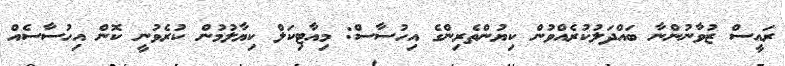
ރައީސް ޒުވާނުންނާ ބައްދަލުކުރެއްވުން ކިޔުންތެރިންގެ އިހުސާސް: މިއާޓިކަލް ކިޔާލުމުން ކުރެވުނީ ކޮން އިހުސާސެއް